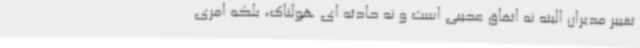
تغییر مدیران البته نه اتفاق عجیبی است و نه حادثه ای هولناک، بلکه امری